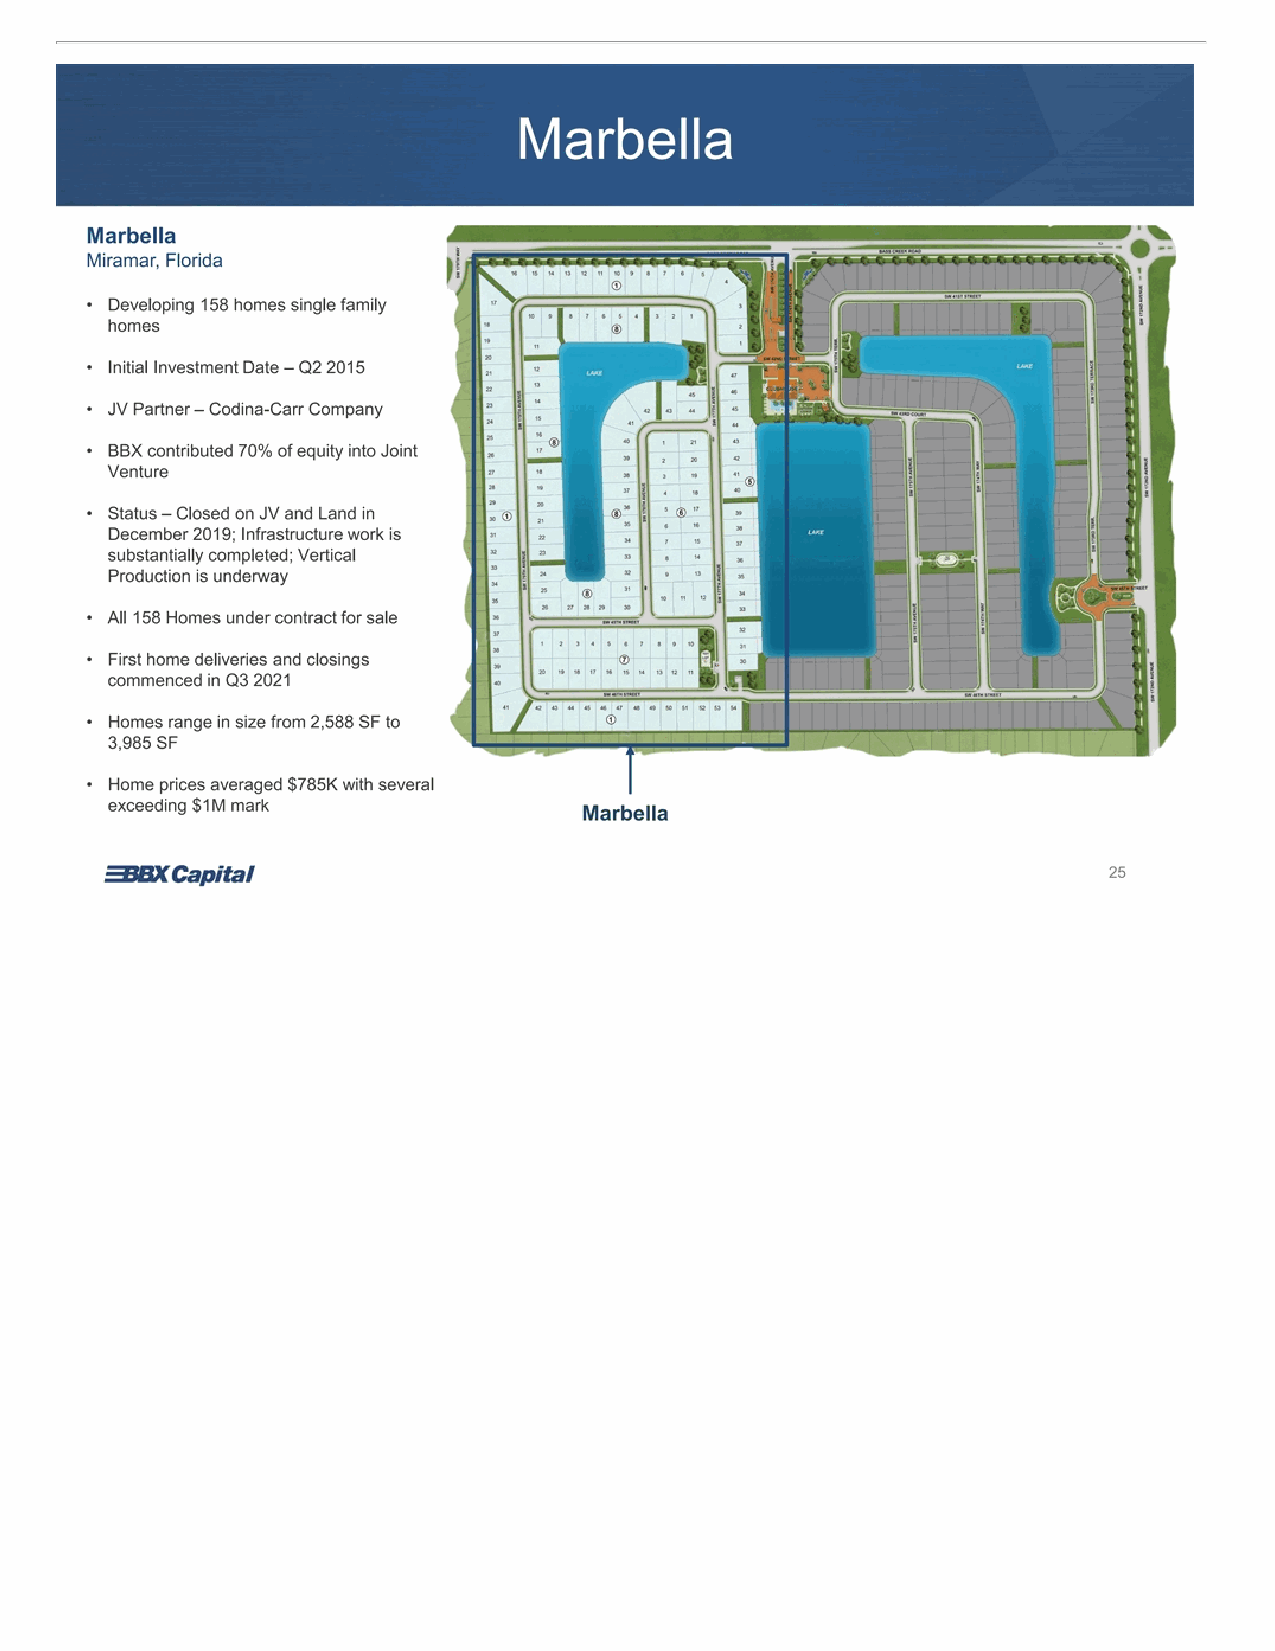
Marbella Marbella Miramar, Florida • Developing 158 homes single family homes • Initial Investment Date – Q2 2015 • JV Partner – Codina-Carr Company • BBX contributed 70% of equity into Joint Venture • Status – Closed on JV and Land in December 2019; Infrastructure work is substantially completed; Vertical Production is underway • All 158 Homes under contract for sale • First home deliveries and closings commenced in Q3 2021 • Homes range in size from 2,588 SF to 3,985 SF • Home prices averaged $785K with several exceeding $1M mark Marbella 25